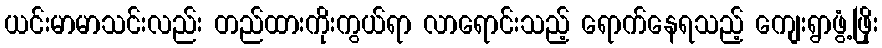
ယင်းမာမာသင်းလည်း တည်ထားကိုးကွယ်ရာ လာရောင်းသည့် ရောက်နေရသည့် ကျေးရွာဖွံ့ဖြိုး